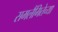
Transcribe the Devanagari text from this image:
समलैंगितेच्या